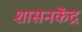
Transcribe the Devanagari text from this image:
शासनकेंद्र